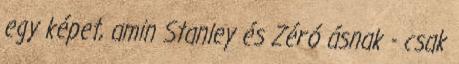
egy képet, amin Stanley és Zéró ásnak - csak